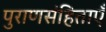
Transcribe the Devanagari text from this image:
पुराणसंहिताएँ